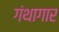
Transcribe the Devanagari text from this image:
गंथागार